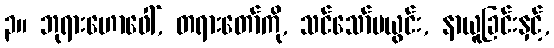
၃။ ဘုရားဟောဖေါ်, တရားတော်ကို, သင်သော်မယွင်း, နာယူခြင်းနှင့်,